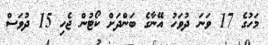
މަހުގެ 17 ވަނަ ދުވަހު އޭނާގެ ބަންދަށް ކޯޓުން ޖެހި 15 ދުވަސް